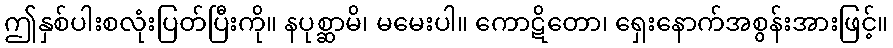
ဤနှစ်ပါးစလုံးပြတ်ပြီးကို။ နပုစ္ဆာမိ၊ မမေးပါ။ ကောဋိတော၊ ရှေးနောက်အစွန်းအားဖြင့်။